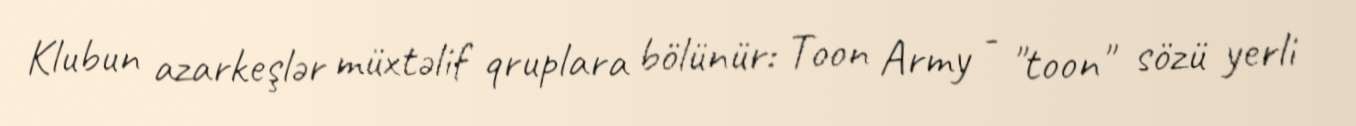
Klubun azarkeşlər müxtəlif qruplara bölünür: Toon Army - "toon" sözü yerli